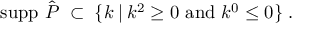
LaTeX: { \mathrm { s u p p ~ } } \hat { P } \; \subset \; \{ k \: | \: k ^ { 2 } \geq 0 { \mathrm { ~ a n d ~ } } k ^ { 0 } \leq 0 \} \; .